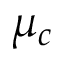
\mu _ { c }